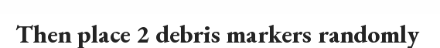
Then place 2 debris markers randomly